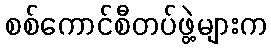
စစ်ကောင်စီတပ်ဖွဲ့များက